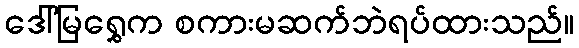
ဒေါ်မြရွှေက စကားမဆက်ဘဲရပ်ထားသည်။